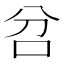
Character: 𠯨